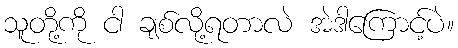
သူတို့ကို ငါ ချစ်လို့ရတာလဲ အဲဒါကြောင့်ပဲ။